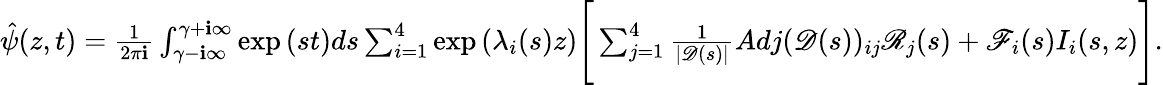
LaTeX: \begin{array}{r}{\hat{\psi}(z,t)=\frac{1}{2\pi\mathbf{i}}\int_{\gamma-\textbf{i}\infty}^{\gamma+\textbf{i}\infty}\exp{(st)}ds\sum_{i=1}^{4}\exp{(\lambda_{i}(s)z)}\Bigg[\sum_{j=1}^{4}\frac{1}{|\mathscr{D}(s)|}Adj(\mathscr{D}(s))_{ij}\mathscr{R}_{j}(s)+\mathscr{F}_{i}(s)I_{i}(s,z)\Bigg].}\end{array}